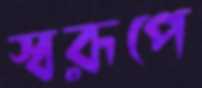
স্বরূপে